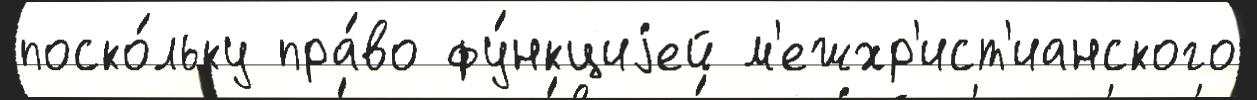
поско́льку пра́во фу́нкциjей м'ежхр'ист'ианского